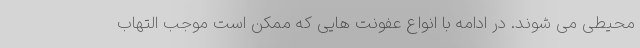
محیطی می شوند. در ادامه با انواع عفونت هایی که ممکن است موجب التهاب